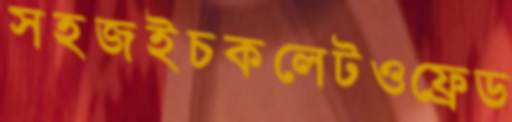
সহজইচকলেটওফ্রেড